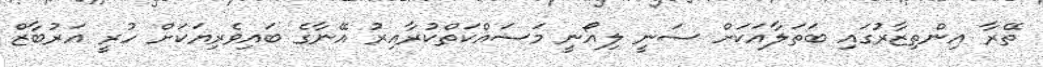
ތޭރާ އިންތިޒާރުގައި ބަތަލާއަކަށް ސަނީ ލިއޯނީ މަސައްކަތްކުރާއިރު އޭނާގެ ބައިވެރިޔަކަށް ހުރީ އަރުބާޒް